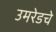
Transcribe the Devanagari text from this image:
उमरेडचे